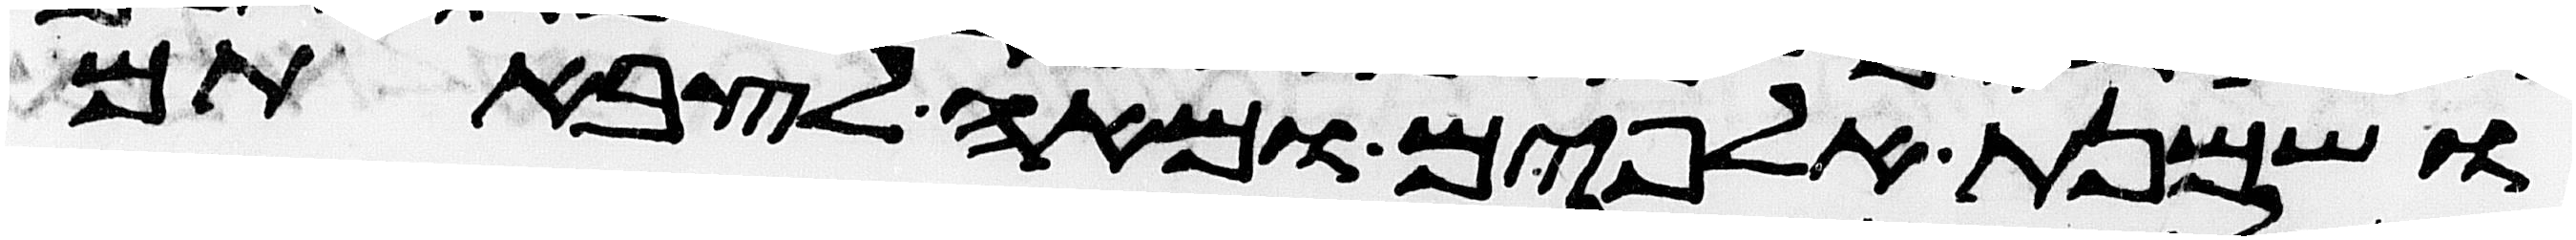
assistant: ושמנת אלפים ומאה לצבאתם